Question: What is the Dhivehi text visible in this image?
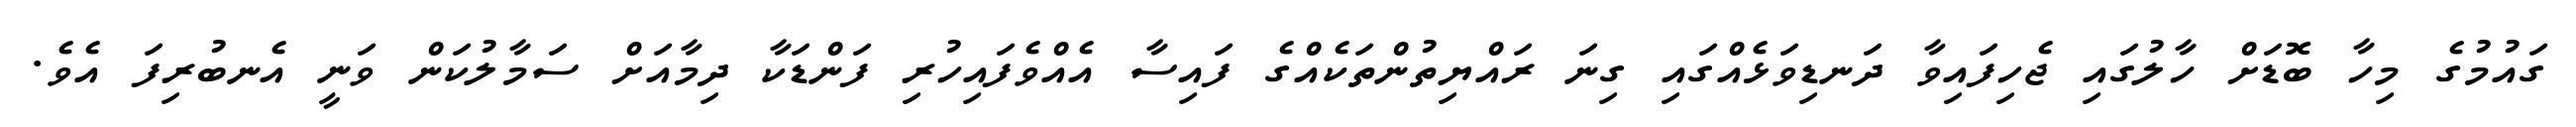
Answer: ގައުމުގެ މިހާ ބޮޑަށް ހާލުގައި ޖެހިފައިވާ ދަނޑިވަޅެއްގައި ގިނަ ރައްޔިތުންތަކެއްގެ ފައިސާ އެއްވެފައިހުރި ފަންޑަކާ ދިމާއަށް ސަމާލުކަން ވަނީ އެނބުރިފަ އެވެ.